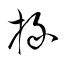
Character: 掾